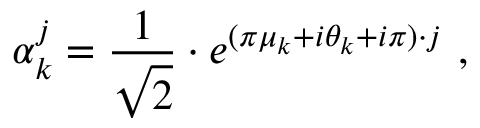
\alpha _ { k } ^ { j } = { \frac { 1 } { \sqrt { 2 } } } \cdot e ^ { ( \pi \mu _ { k } + i \theta _ { k } + i \pi ) \cdot j } \ ,